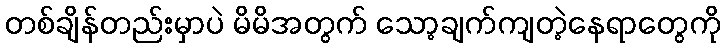
တစ်ချိန်တည်းမှာပဲ မိမိအတွက် သော့ချက်ကျတဲ့နေရာတွေကို